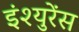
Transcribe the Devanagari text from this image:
इंश्युरेंस